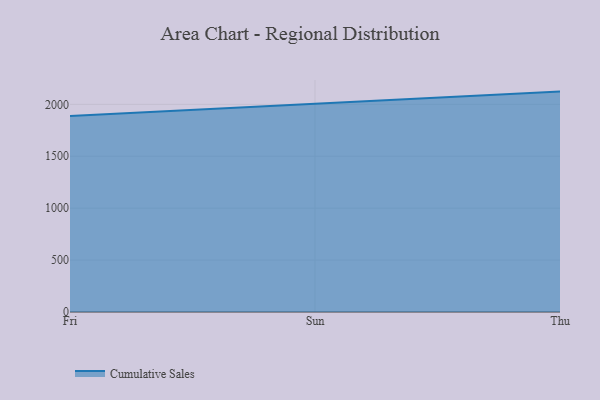
{"axis": {"x": "Day", "y": "Humidity (%)"}, "legend": ["Cumulative Sales"], "data": [{"x": "Fri", "y": 1888.4, "type": "Cumulative Sales"}, {"x": "Sun", "y": 2007.8, "type": "Cumulative Sales"}, {"x": "Thu", "y": 2123.0, "type": "Cumulative Sales"}]}